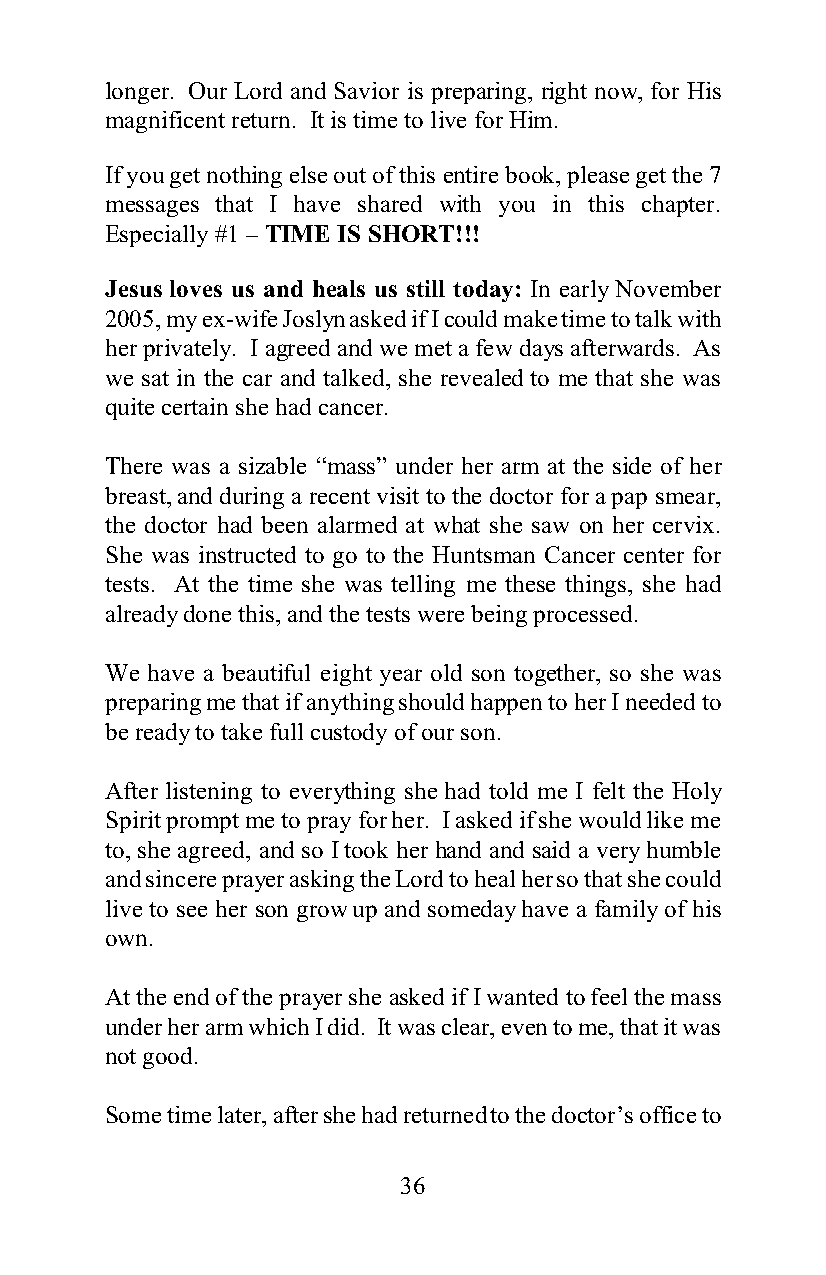
longer. Our Lord and Savior is preparing, right now, for His
 magnificent return. It is time to live for Him.
 If you get nothing else out of this entire book, please get the 7
 messages that I have shared with you in this chapter.
 Especially #1 – TIME IS SHORT!!!
 Jesus loves us and heals us still today: In early November
 2005, my ex-wife Joslyn asked if I could make time to talk with
 her privately. I agreed and we met a few days afterwards. As
 we sat in the car and talked, she revealed to me that she was
 quite certain she had cancer.
 There was a sizable “mass” under her arm at the side of her
 breast, and during a recent visit to the doctor for a pap smear,
 the doctor had been alarmed at what she saw on her cervix.
 She was instructed to go to the Huntsman Cancer center for
 tests. At the time she was telling me these things, she had
 already done this, and the tests were being processed.
 We have a beautiful eight year old son together, so she was
 preparing me that if anything should happen to her I needed to
 be ready to take full custody of our son.
 After listening to everything she had told me I felt the Holy
 Spirit prompt me to pray for her. I asked if she would like me
 to, she agreed, and so I took her hand and said a very humble
 and sincere prayer asking the Lord to heal her so that she could
 live to see her son grow up and someday have a family of his
 own.
 At the end of the prayer she asked if I wanted to feel the mass
 under her arm which I did. It was clear, even to me, that it was
 not good.
 Some time later, after she had returned to the doctor’s office to
 36